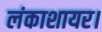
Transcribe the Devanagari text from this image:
लंकाशायर।